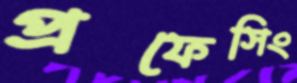
প্রফেসিং